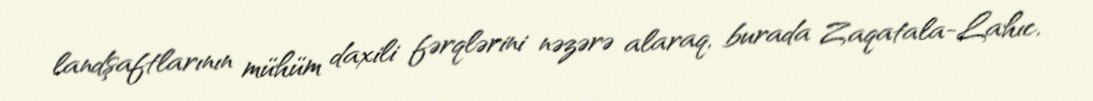
landşaftlarının mühüm daxili fərqlərini nəzərə alaraq, burada Zaqatala-Lahıc,